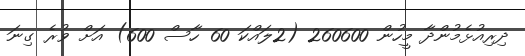
ދިރިއުޅެމުންދާ މީހުން 260600 (2ލައްކަ 60 ހާސް 600) އަށް ވުރެ ގިނަ